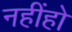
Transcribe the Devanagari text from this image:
नहींहो